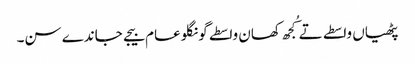
پٹھیاں واسطے تے کُجھ کھان واسطے گونگلو عام بیجے جاندے سن۔